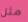
مثل